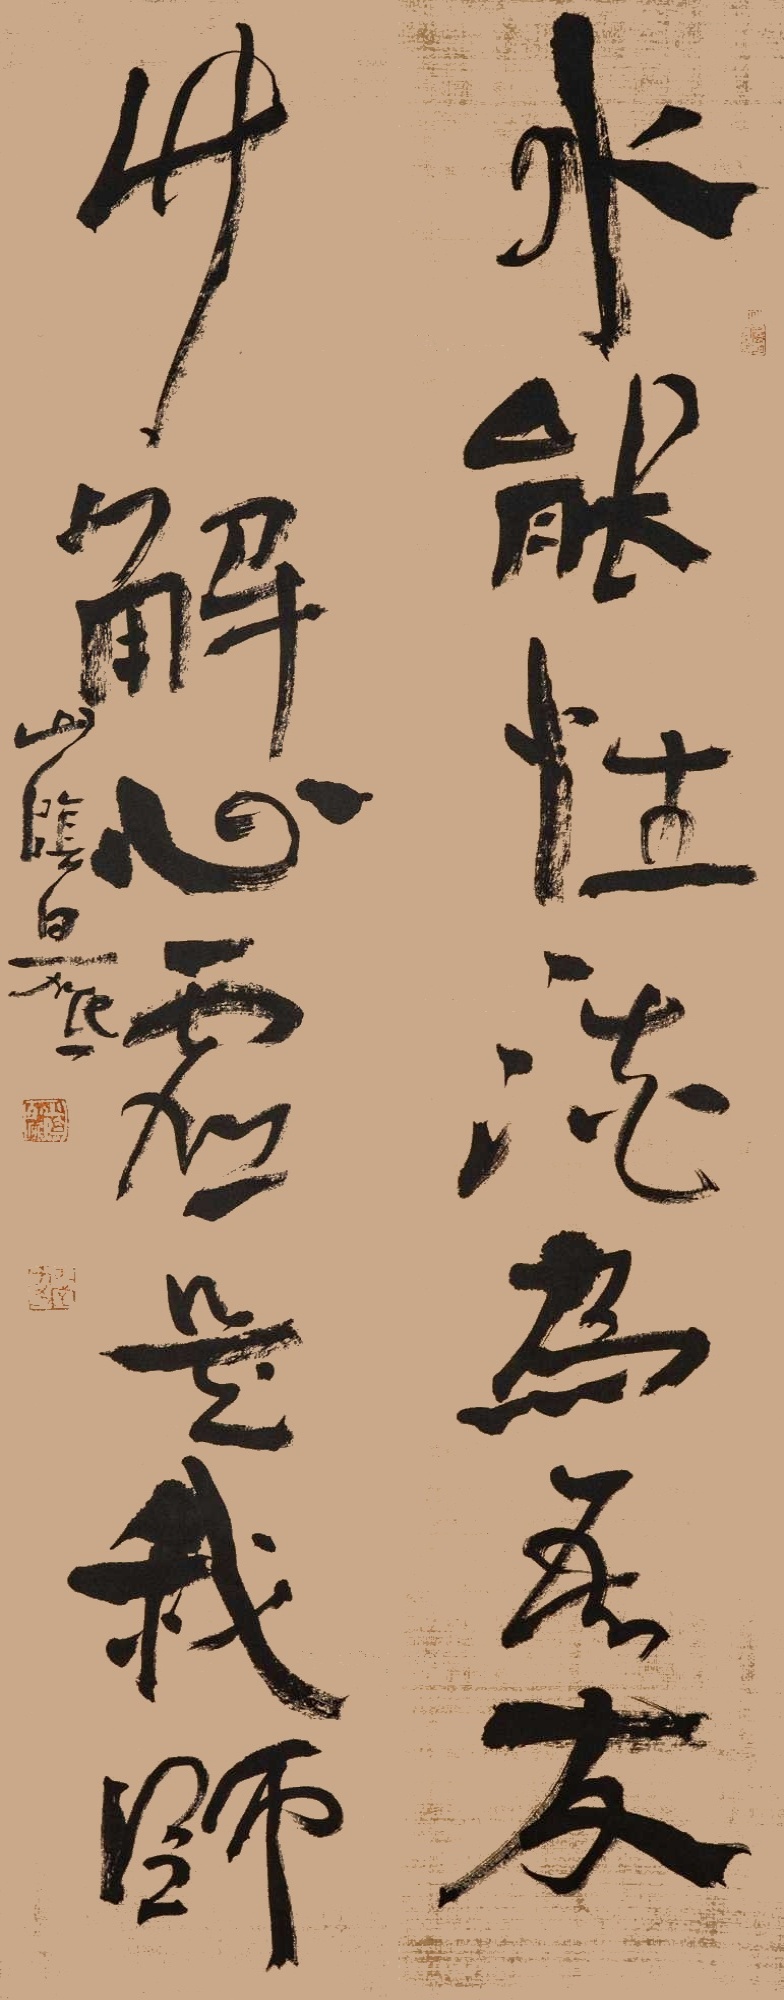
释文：水能性淡为吾友，竹解心虚即我师。山阴白砥。